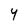
Character: 4